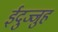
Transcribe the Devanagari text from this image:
ईदुज्जुह